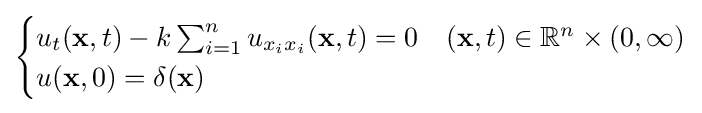
{\begin{cases}u_{t}(\mathbf {x} ,t)-k\sum _{i=1}^{n}u_{x_{i}x_{i}}(\mathbf {x} ,t)=0&(\mathbf {x} ,t)\in \mathbb {R} ^{n}\times (0,\infty )\\u(\mathbf {x} ,0)=\delta (\mathbf {x} )\end{cases}}